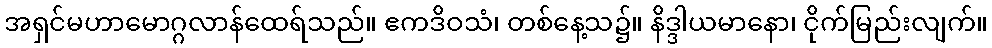
အရှင်မဟာမောဂ္ဂလာန်ထေရ်သည်။ ဧကဒိဝသံ၊ တစ်နေ့သ၌။ နိဒ္ဒါယမာနော၊ ငိုက်မြည်းလျက်။